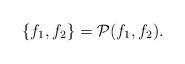
LaTeX: \begin{align*}\{f_{1},f_{2}\}={\cal P} (f_{1},f_{2}).\end{align*}